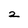
Character: 2